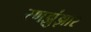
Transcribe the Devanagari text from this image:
रणझुंझार